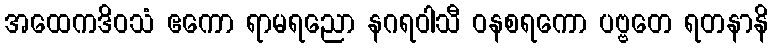
အထေကဒိဝသံ ဧကော ရာမရညော နဂရဝါသီ ဝနစရကော ပဗ္ဗတေ ရတနာနိ